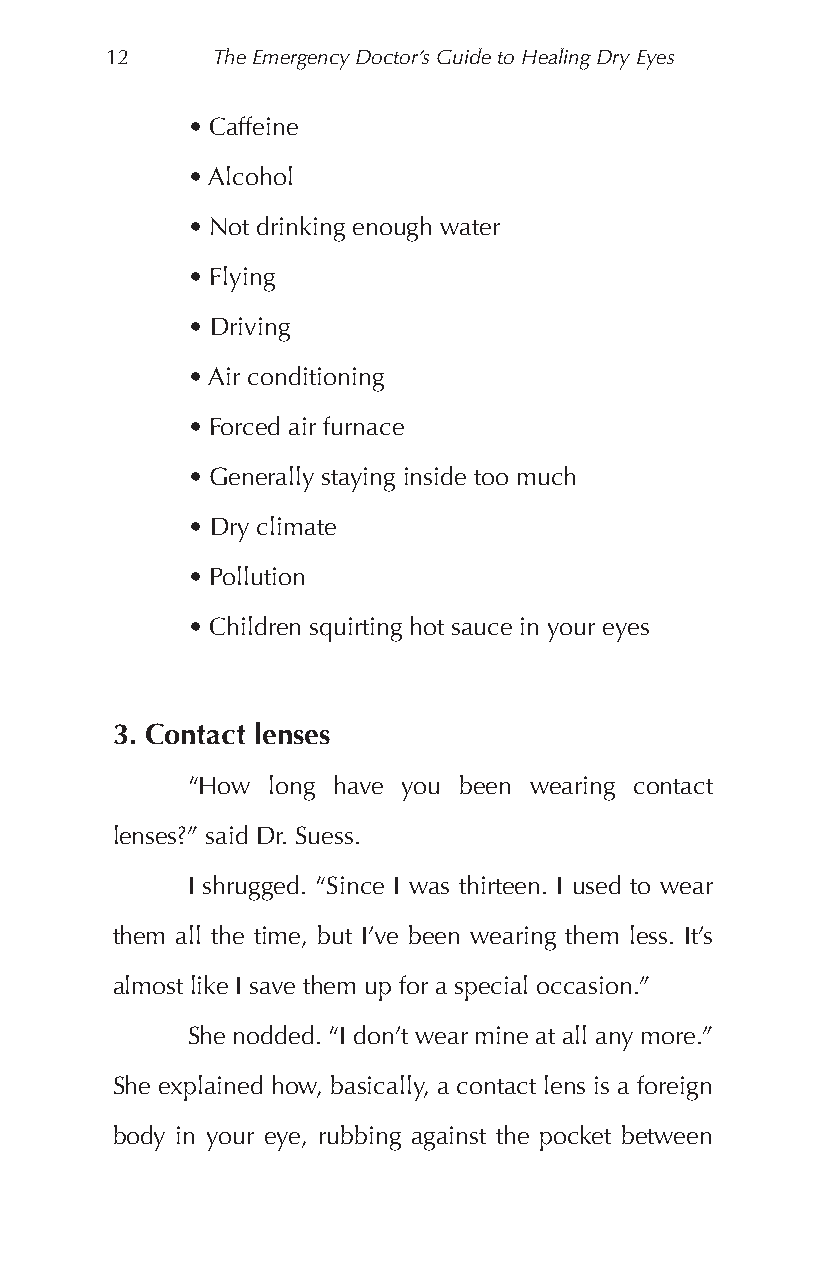
12     The Emergency Doctor’s Guide to Healing Dry Eyes
 • Caffeine
 • Alcohol
 • Not drinking enough water
 • Flying
 • Driving
 • Air conditioning
 • Forced air furnace
 • Generally staying inside too much
 • Dry climate
 • Pollution
 • Children squirting hot sauce in your eyes
 3. Contact lenses
 “How  long have you been wearing contact
 lenses?” said Dr. Suess.
 I shrugged. “Since I was thirteen. I used to wear
 them all the time, but I’ve been wearing them less. It’s
 almost like I save them up for a special occasion.”
 She nodded. “I don’t wear mine at all any more.”
 She explained how, basically, a contact lens is a foreign
 body in your eye, rubbing against the pocket between